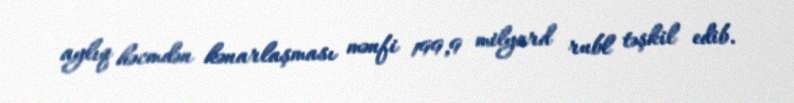
aylıq həcmdən kənarlaşması mənfi 199,9 milyard rubl təşkil edib.